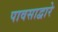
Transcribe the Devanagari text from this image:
पावसाद्वारे